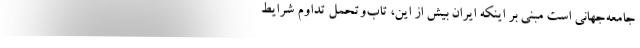
جامعه‌جهانی است مبنی بر اینکه ایران بیش از این، تاب‌وتحمل تداوم شرایط